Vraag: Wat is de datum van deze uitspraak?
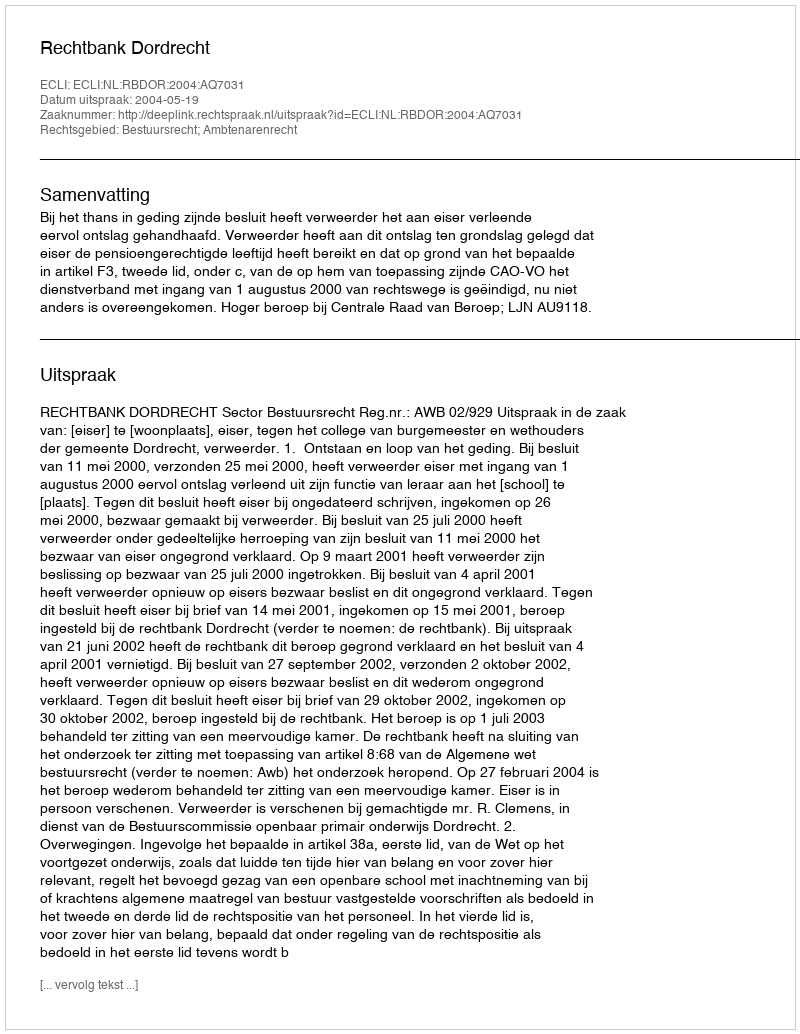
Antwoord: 2004-05-19